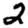
Digit: 2